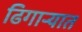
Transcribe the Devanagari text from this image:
ढिगार्‍यात